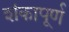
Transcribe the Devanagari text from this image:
शंकापूर्ण